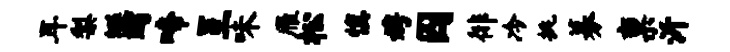
耳梨蜒蠲啼呈味雁松慎娉囚徘冷挑募禀沂